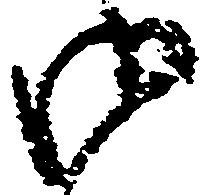
御